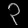
Digit: ၃